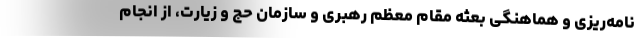
نامه‌ریزی و هماهنگی بعثه مقام معظم رهبری و سازمان حج و زیارت، از انجام